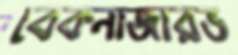
বেকনাজারভ